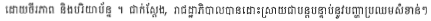
ដោយចីរភាព និងបរិយាប័ន្ន ។ ជាក់ស្តែង, រាជដ្ឋាភិបាលបានដោះស្រាយជាបន្តបន្ទាប់នូវបញ្ហាប្រឈមសំខាន់ៗ